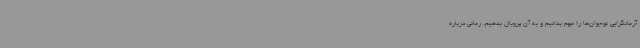
آرمانگرایی نوجوان‌ها را مهم بدانیم و به آن پروبال بدهیم. رمانی درباره